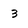
Character: 3